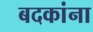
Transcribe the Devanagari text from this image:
बदकांना